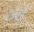
كان